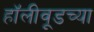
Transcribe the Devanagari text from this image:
हॉलीवूडच्या